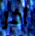
آخر